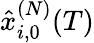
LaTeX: \hat{x}_{i,0}^{(N)}(T)